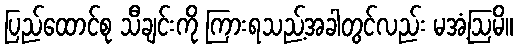
ပြည်ထောင်စု သီချင်းကို ကြားရသည့်အခါတွင်လည်း မအံ့ဩမိ။